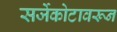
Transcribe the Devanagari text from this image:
सर्जेकोटावरून